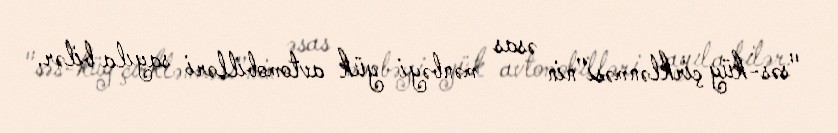
"səs-küy çirklənməsi"nin əsas mənbəyi yük avtomobilləri sayıla bilər.